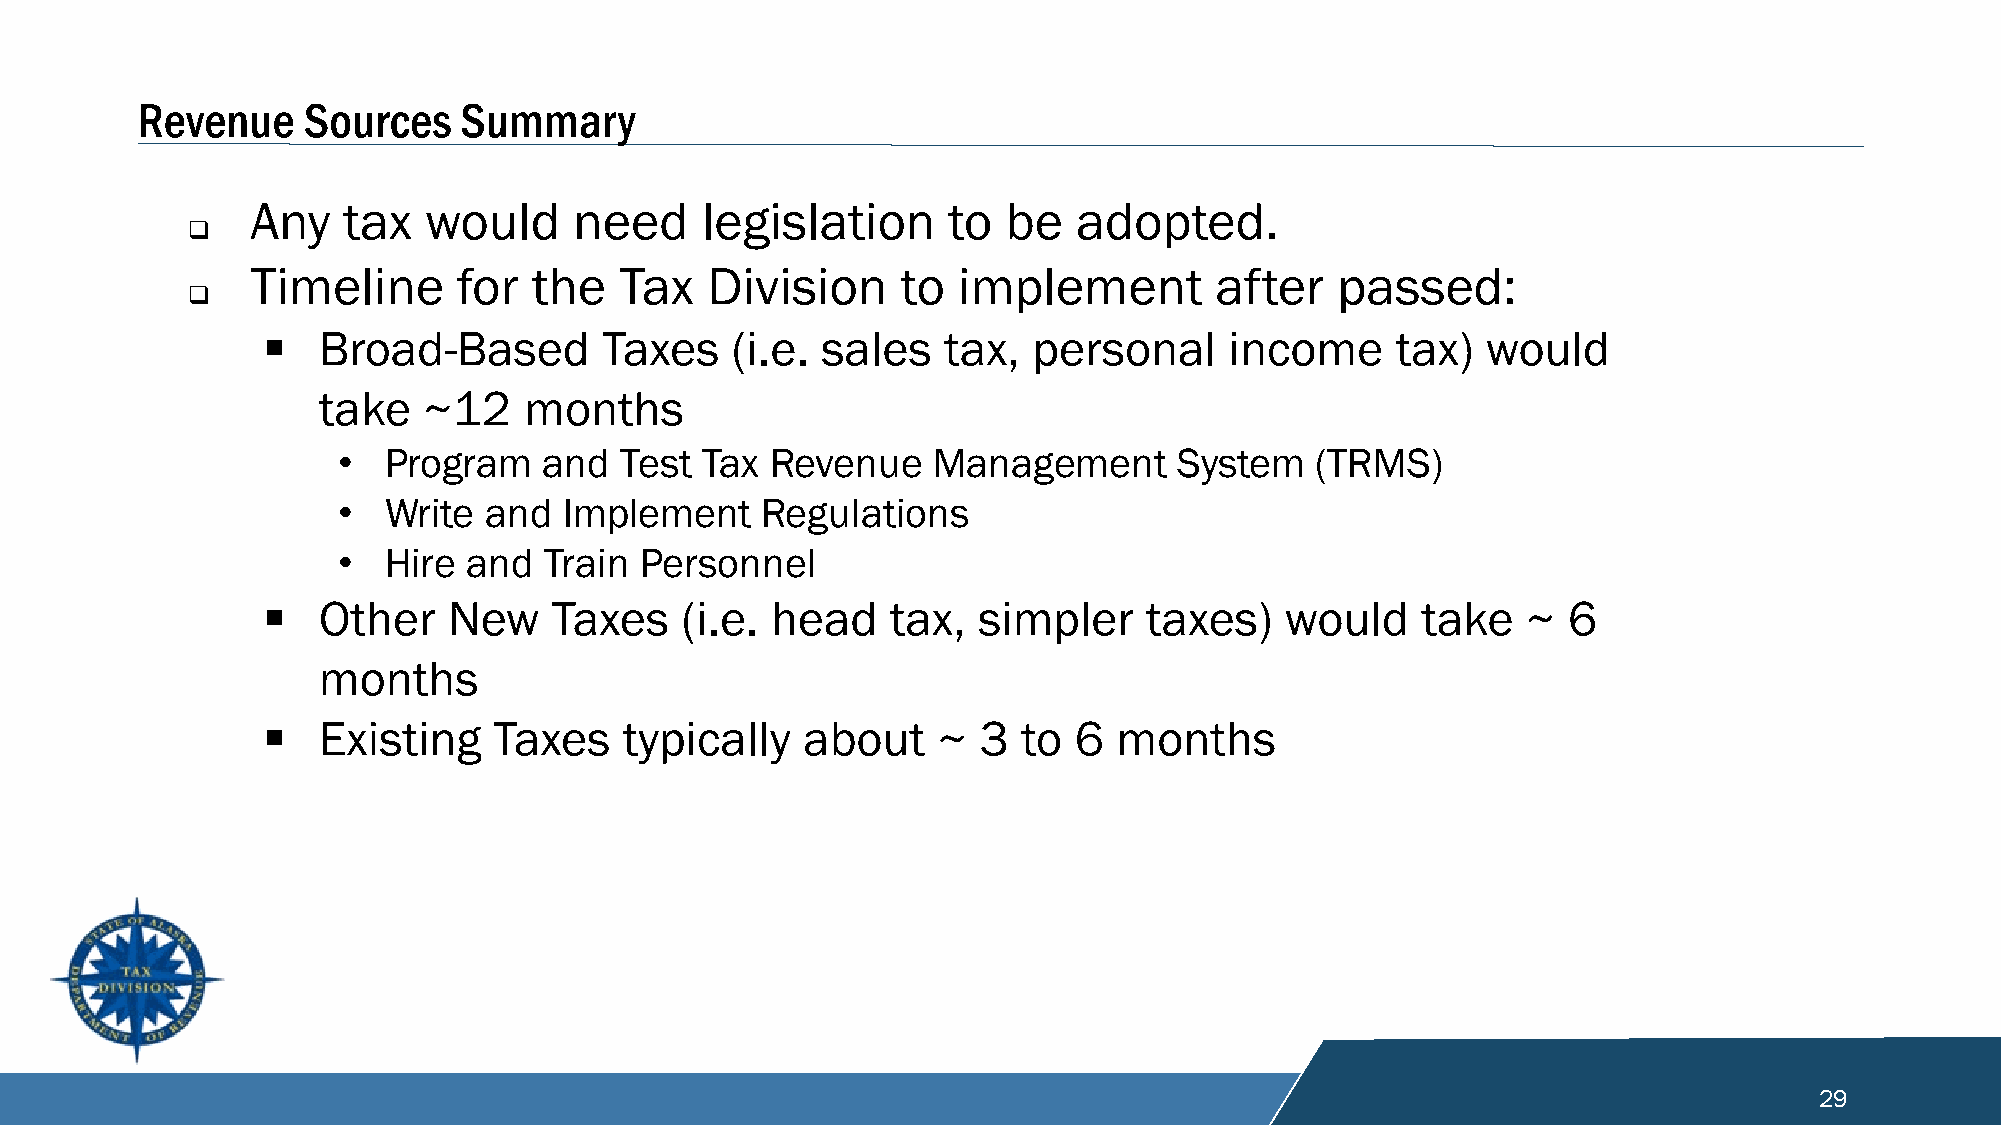
Revenue    Sources   Summary
 Any   tax  would     need    legislation      to  be  adopted.
 
 Timeline     for  the   Tax   Division     to implement        after   passed:
 
    Broad-Based        Taxes   (i.e. sales   tax,  personal     income     tax)  would
 take   ~12    months
 •  Program    and  Test  Tax Revenue    Management      System   (TRMS)
 •  Write  and  Implement    Regulations
 •  Hire  and  Train Personnel
    Other    New    Taxes   (i.e. head    tax,  simpler    taxes)   would    take   ~  6
 months
    Existing    Taxes   typically   about    ~  3  to 6  months
 29